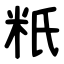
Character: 䉻